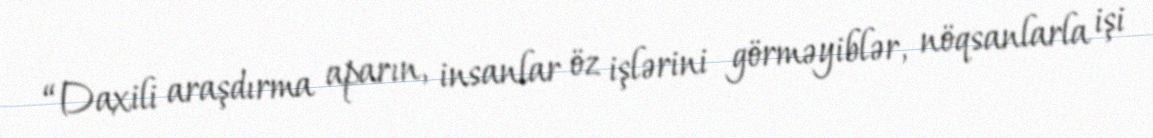
“Daxili araşdırma aparın, insanlar öz işlərini görməyiblər, nöqsanlarla işi